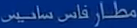
مطار قاس ساديس